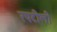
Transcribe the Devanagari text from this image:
रपटीली